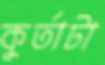
কুর্তাটা